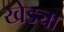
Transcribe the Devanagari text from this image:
खेड्या